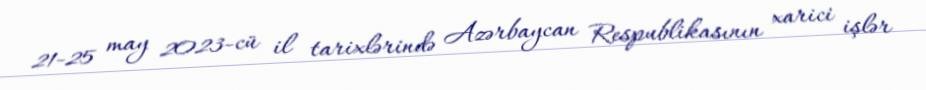
21-25 may 2023-cü il tarixlərində Azərbaycan Respublikasının xarici işlər